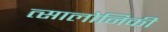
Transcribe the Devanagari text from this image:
त्सालोनिकी